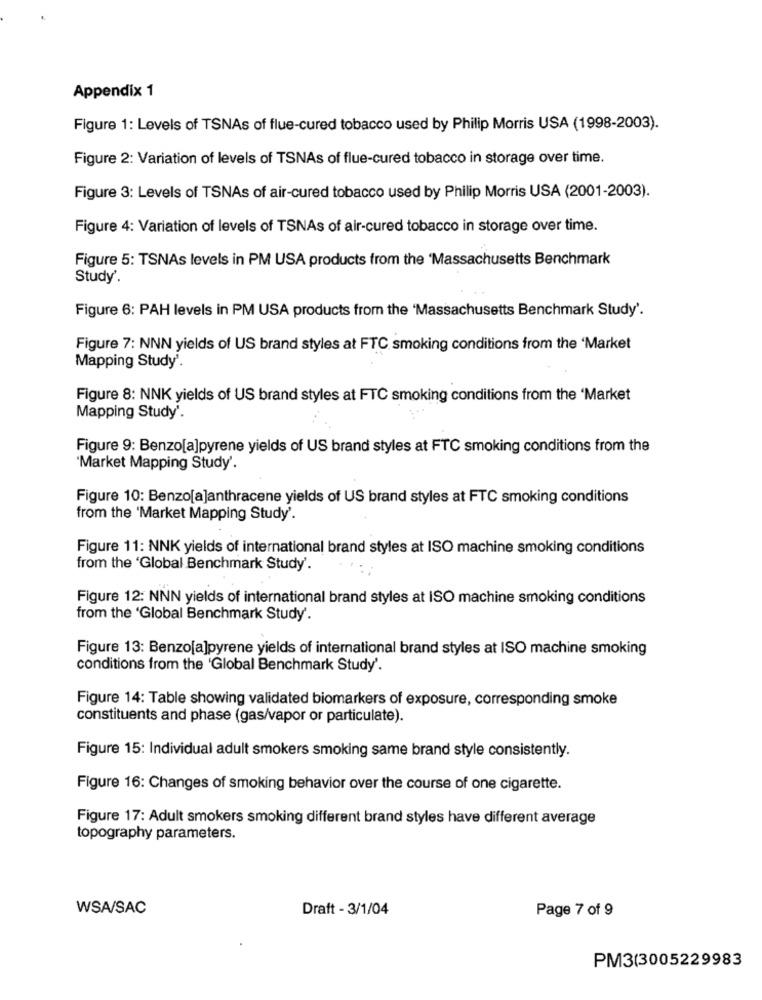
Appendix 1
Figure 1: Levels of TSNAs of flue-cured tobacco used by Philip Morris USA (1998-2003).
Figure 2: Variation of levels of TSNAs of flue-cured tobacco in storage over time.
Figure 3: Levels of TSNAs of air-cured tobacco used by Philip Morris USA (2001-2003).
Figure 4: Variation of levels of TSNAs of air-cured tobacco in storage over time.
Figure 5: TSNAs levels in PM USA products from the 'Massachusetts Benchmark
Study'.
Figure 6: PAH levels in PM USA products from the 'Massachusetts Benchmark Study'.
Figure 7: NNN yields of US brand styles at FTC smoking conditions from the 'Market
Mapping Study'.
Figure 8: NNK yields of US brand styles at FTC smoking conditions from the 'Market
Mapping Study'.
Figure 9: Benzo[a]pyrene yields of US brand styles at FTC smoking conditions from the
'Market Mapping Study'.
Figure 10: Benzo[a]anthracene yields of US brand styles at FTC smoking conditions
from the 'Market Mapping Study'.
Figure 11: NNK yields of international brand styles at ISO machine smoking conditions
from the 'Global Benchmark Study'.
Figure 12: NNN yields of international brand styles at ISO machine smoking conditions
from the 'Global Benchmark Study'.
Figure 13: Benzo[a]pyrene yields of international brand styles at ISO machine smoking
conditions from the 'Global Benchmark Study'.
Figure 14: Table showing validated biomarkers of exposure, corresponding smoke
constituents and phase (gas/vapor or particulate).
Figure 15: Individual adult smokers smoking same brand style consistently.
Figure 16: Changes of smoking behavior over the course of one cigarette.
Figure 17: Adult smokers smoking different brand styles have different average
topography parameters.
WSA/SAC
Draft - 3/1/04
Page 7 of 9
PM3(3005229983